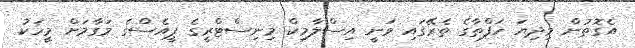
އެގޮތުން މިދިޔަ ހަފްތާގެ ތެރޭގައި ވަނީ އިސްލާމިކް މިނިސްޓްރީގެ ޕީއެސްގެ މަގާމަށް މީހަކު